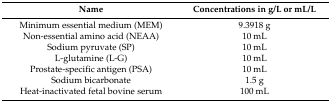
| Name | Concentrations in g/L or mL/L |
 | --- | --- |
 | Minimum essential medium (MEM) | 9.3918 g |
 | Non-essential amino acid (NEAA) | 10 mL |
 | Sodium pyruvate (SP) | 10 mL |
 | L-glutamine (L-G) | 10 mL |
 | Prostate-specific antigen (PSA) | 10 mL |
 | Sodium bicarbonate | 1.5 g |
 | Heat-inactivated fetal bovine serum | 100 mL |